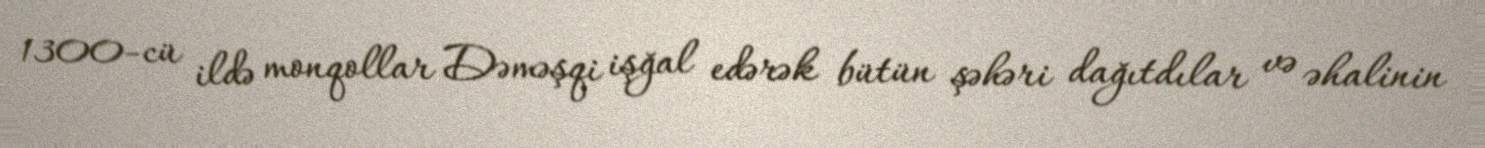
1300-cü ildə monqollar Dəməşqi işğal edərək bütün şəhəri dağıtdılar və əhalinin